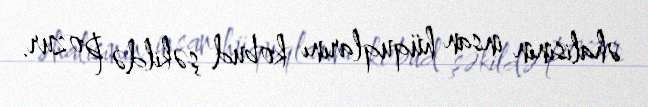
əhalisinin insan hüquqlarını kobud şəkildə pozur.